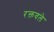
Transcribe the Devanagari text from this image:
रक्तवले